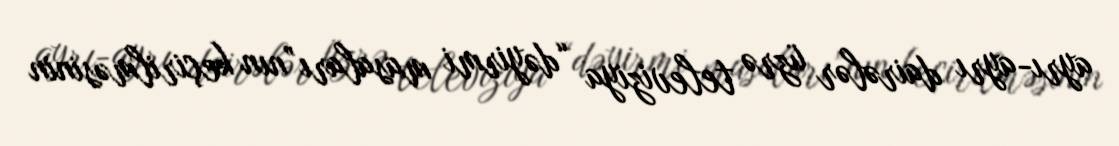
ayrı-ayrı dairələr üzrə televiziya “dəyirmi masaları”nın keçirilməsinin